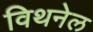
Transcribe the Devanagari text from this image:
विथनेल